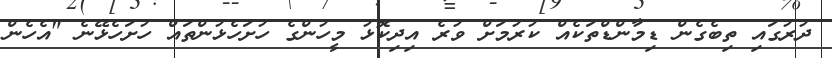
ދުރުގައި ތިބެގެން ޑިމާންޑްތަކެއް ކުރުމަށް ވުރެ އިދިކޮޅު މީހުންގެ ހުށަހެޅުންތައް ހުށަހެޅޭނެ "އެހެން